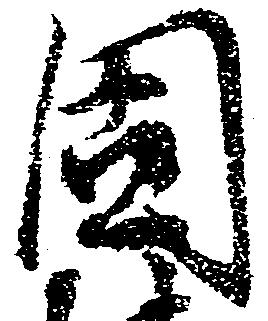
固